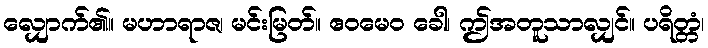
လျှောက်၏။ မဟာရာဇ၊ မင်းမြတ်။ ဧဝမေဝ ခေါ၊ ဤအတူသာလျှင်။ ပရိတ္တံ၊